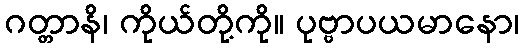
ဂတ္တာနိ၊ ကိုယ်တို့ကို။ ပုဗ္ဗာပယမာနော၊